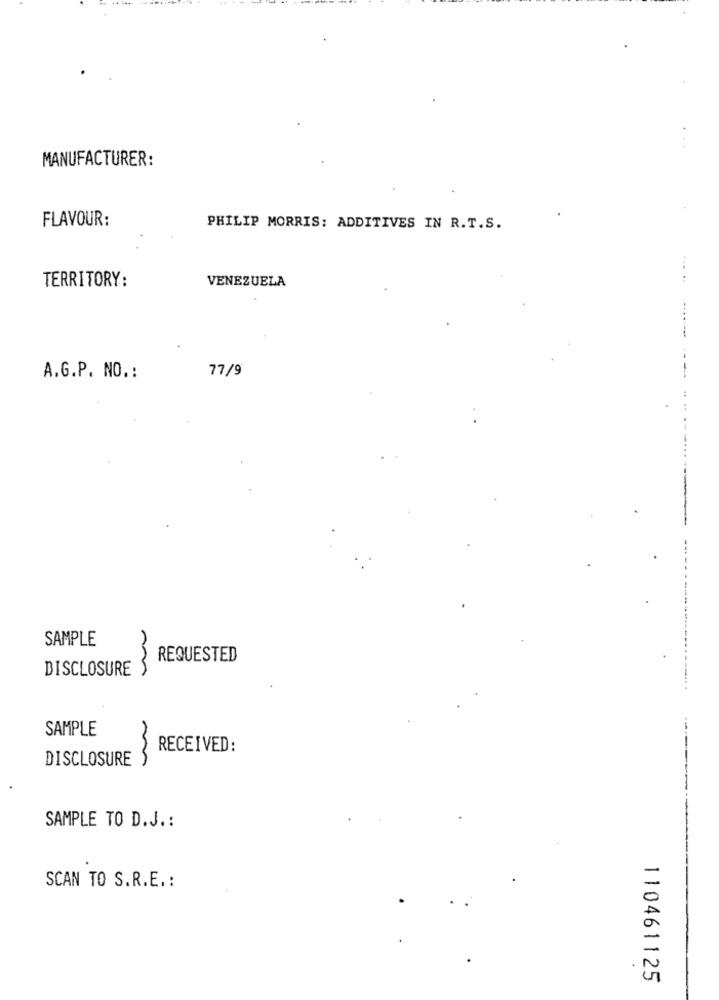
MANUFACTURER:
FLAVOUR:
PHILIP MORRIS: ADDITIVES IN R.T.S.
TERRITORY:
VENEZUELA
--
77/9
A.G.P. NO. :
SAMPLE
REQUESTED
DISCLOSURE )
SAMPLE
RECEIVED:
DISCLOSURE )
SAMPLE TO D.J .:
SCAN TO S.R.E .:
110461125